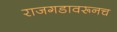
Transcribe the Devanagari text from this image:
राजगडावरूनच